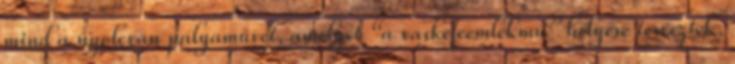
mind a nyolcvan pályaművet, amelyet “a vaskefeemlékmű” helyére terveztek,